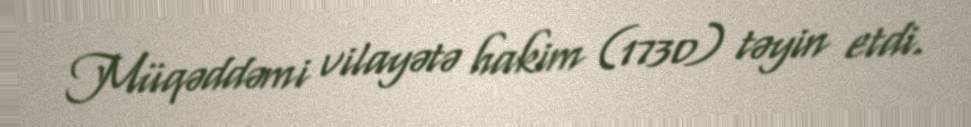
Müqəddəmi vilayətə hakim (1730) təyin etdi.